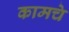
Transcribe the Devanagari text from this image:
कामचे